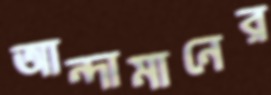
আন্দামানের